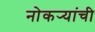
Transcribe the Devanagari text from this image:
नोकर्‍यांची